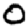
Digit: 0